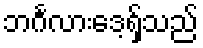
ဘင်္ဂလားဒေ့ရှ်သည်